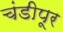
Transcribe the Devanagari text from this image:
चंडीपूर